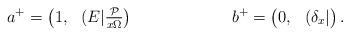
LaTeX: \begin{align*}a^+&=\begin{pmatrix}1,&(E|\frac{\mathcal{P}}{x \Omega}\end{pmatrix}& b^+&=\begin{pmatrix}0,&(\delta_x|\end{pmatrix}.\end{align*}